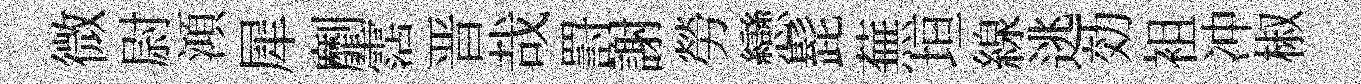
微尉澒犀劘霑晋哉罸謝勞戀髭蕪垣線逃効袓冲椒